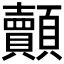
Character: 𮨢